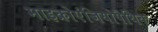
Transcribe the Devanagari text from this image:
माइक्रोएंजियोपैथिक